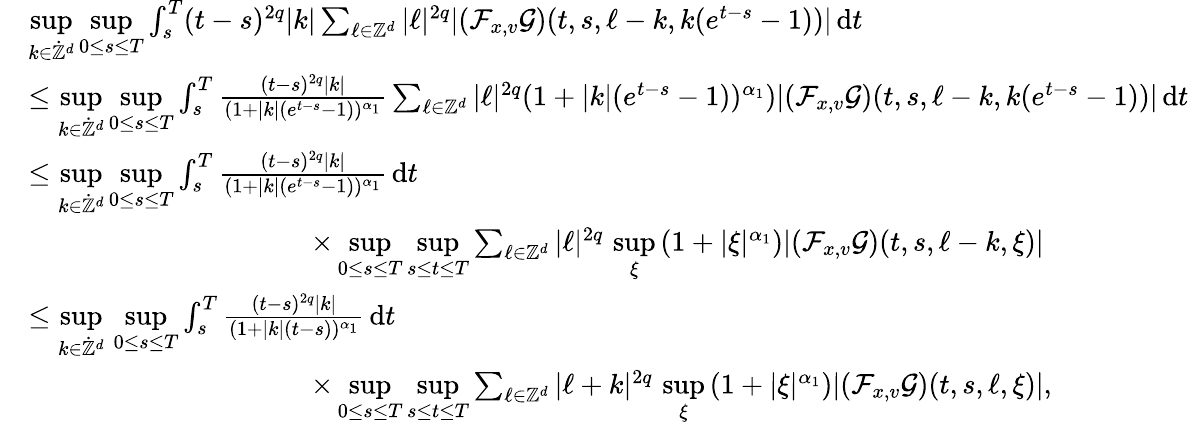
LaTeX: \begin{array}{rl}&{\underset{k\in\dot{\mathbb Z}^{d}}{\operatorname*{sup}}\underset{0\leq s\leq T}{\operatorname*{sup}}\int_{s}^{T}(t-s)^{2q}\vert k\vert\sum_{\ell\in\mathbb Z^{d}}\vert\ell\vert^{2q}\vert(\mathcal{F}_{x,v}\mathcal{G})(t,s,\ell-k,k(e^{t-s}-1))\vert\, \mathrm{d}t}\\ &{\leq\underset{k\in\dot{\mathbb Z}^{d}}{\operatorname*{sup}}\underset{0\leq s\leq T}{\operatorname*{sup}}\int_{s}^{T}\frac{(t-s)^{2q}\vert k\vert}{(1+\vert k\vert(e^{t-s}-1))^{\alpha_{1}}}\sum_{\ell\in\mathbb Z^{d}}\vert\ell\vert^{2q}(1+\vert k\vert(e^{t-s}-1))^{\alpha_{1}})\vert(\mathcal{F}_{x,v}\mathcal{G})(t,s,\ell-k,k(e^{t-s}-1))\vert\, \mathrm{d}t}\\ &{\leq\underset{k\in\dot{\mathbb Z}^{d}}{\operatorname*{sup}}\underset{0\leq s\leq T}{\operatorname*{sup}}\int_{s}^{T}\frac{(t-s)^{2q}\vert k\vert}{(1+\vert k\vert(e^{t-s}-1))^{\alpha_{1}}}\, \mathrm{d}t}\\ &{\qquad\qquad\qquad\qquad\qquad\times\underset{0\leq s\leq T}{\operatorname*{sup}}\underset{s\leq t\leq T}{\operatorname*{sup}}\sum_{\ell\in\mathbb Z^{d}}\vert\ell\vert^{2q}\, \underset{\xi}{\operatorname*{sup}}\, (1+\vert\xi\vert^{\alpha_{1}})\vert(\mathcal{F}_{x,v}\mathcal{G})(t,s,\ell-k,\xi)\vert}\\ &{\leq\underset{k\in\dot{\mathbb Z}^{d}}{\operatorname*{sup}}\, \underset{0\leq s\leq T}{\operatorname*{sup}}\int_{s}^{T}\frac{(t-s)^{2q}\vert k\vert}{(1+\vert k\vert(t-s))^{\alpha_{1}}}\, \mathrm{d}t}\\ &{\qquad\qquad\qquad\qquad\qquad\times\underset{0\leq s\leq T}{\operatorname*{sup}}\underset{s\leq t\leq T}{\operatorname*{sup}}\sum_{\ell\in\mathbb Z^{d}}\vert\ell+k\vert^{2q}\, \underset{\xi}{\operatorname*{sup}}\, (1+\vert\xi\vert^{\alpha_{1}})\vert(\mathcal{F}_{x,v}\mathcal{G})(t,s,\ell,\xi)\vert,}\end{array}